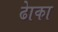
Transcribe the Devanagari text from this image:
ढाेका